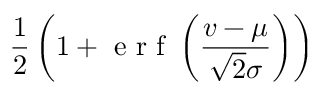
\frac { 1 } { 2 } \left( 1 + \textrm { e r f } \left( \frac { v - \mu } { \sqrt { 2 } \sigma } \right) \right)